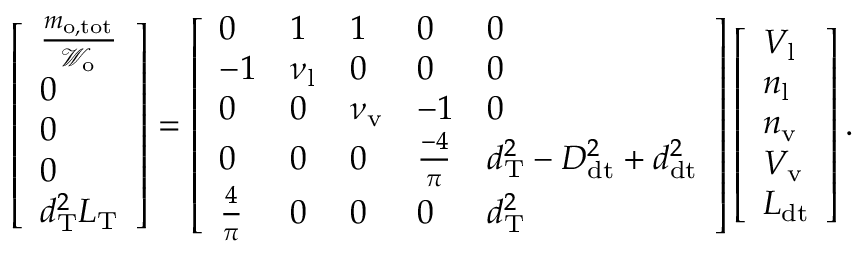
\left[ \begin{array} { l } { \frac { m _ { \mathrm { o , t o t } } } { \mathcal { W } _ { \mathrm { o } } } } \\ { 0 } \\ { 0 } \\ { 0 } \\ { d _ { \mathrm { T } } ^ { 2 } L _ { \mathrm { T } } } \end{array} \right] = \left[ \begin{array} { l l l l l } { 0 } & { 1 } & { 1 } & { 0 } & { 0 } \\ { - 1 } & { \nu _ { \mathrm { l } } } & { 0 } & { 0 } & { 0 } \\ { 0 } & { 0 } & { \nu _ { \mathrm { v } } } & { - 1 } & { 0 } \\ { 0 } & { 0 } & { 0 } & { \frac { - 4 } { \pi } } & { d _ { \mathrm { T } } ^ { 2 } - D _ { \mathrm { d t } } ^ { 2 } + d _ { \mathrm { d t } } ^ { 2 } } \\ { \frac { 4 } { \pi } } & { 0 } & { 0 } & { 0 } & { d _ { \mathrm { T } } ^ { 2 } } \end{array} \right] \left[ \begin{array} { l } { V _ { \mathrm { l } } } \\ { n _ { \mathrm { l } } } \\ { n _ { \mathrm { v } } } \\ { V _ { \mathrm { v } } } \\ { L _ { \mathrm { d t } } } \end{array} \right] .